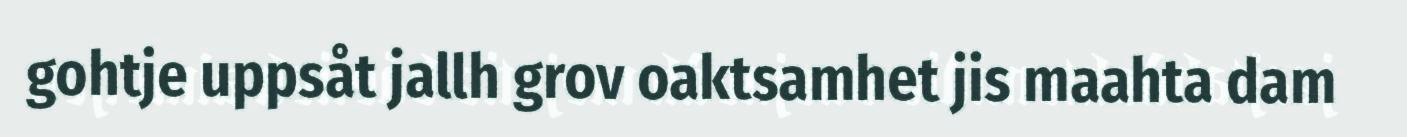
gohtje uppsåt jallh grov oaktsamhet jis maahta dam